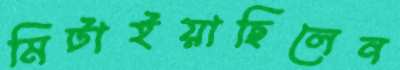
মিটাইয়াছিলেন